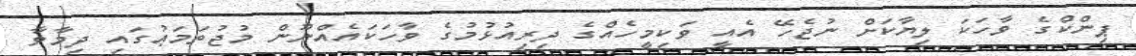
ޕިންކްގެ ވާހަކަ ލިޔާކަށް ނުޖެހޭ އެއީ ވަކިމީހެއްގެ ދިރިއުޅުމުގެ ވާހަކައެއްނޫން މުޖުތަމަޢުގައި ދިމާވާ